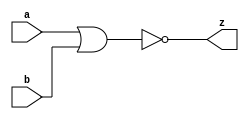
//#############################################################################
//# Function: 2-Input Clock NOR Gate                                          #
//# Copyright: Lambda Project Authors. All rights Reserved.                   #
//# License:  MIT (see LICENSE file in Lambda repository)                     #
//#############################################################################

module la_clknor2 #(
    parameter PROP = "DEFAULT"
) (
    input  a,
    input  b,
    output z
);

    assign z = ~(a | b);

endmodule